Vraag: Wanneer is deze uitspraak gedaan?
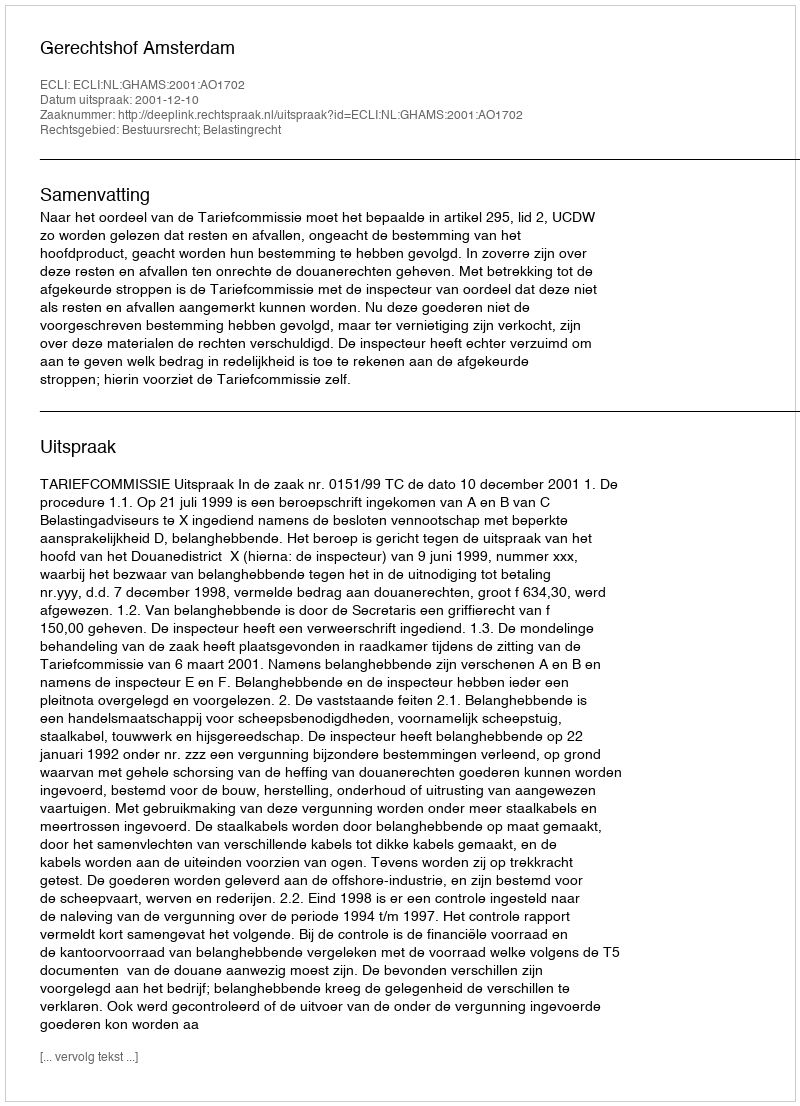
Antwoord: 2001-12-10